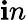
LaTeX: \mathbf{i}n